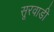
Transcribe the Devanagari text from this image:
सूरवाडी